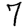
Digit: 7